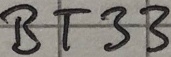
Text: BT33